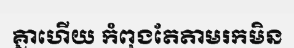
គ្នាហើយ កំពុងតែតាមរកមិន